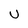
Character: U